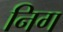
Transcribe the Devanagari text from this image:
निग